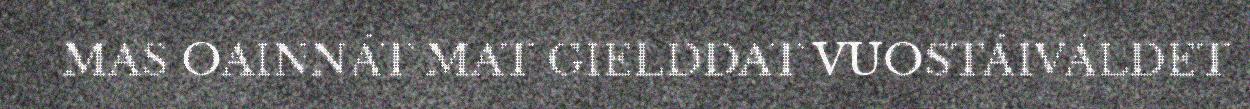
MAS OAINNÁT MAT GIELDDAT VUOSTÁIVÁLDET